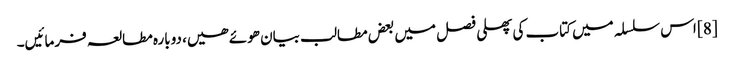
[8] اس سلسلہ میں کتاب کی پھلی فصل میں بعض مطالب بیان ھوئے ھیں، دوبارہ مطالعہ فرمائیں۔